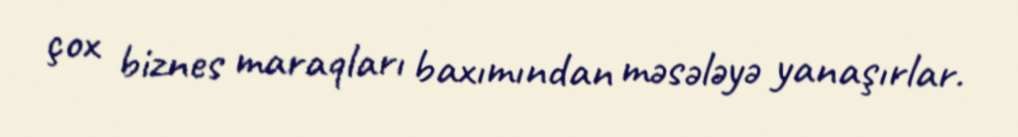
çox biznes maraqları baxımından məsələyə yanaşırlar.